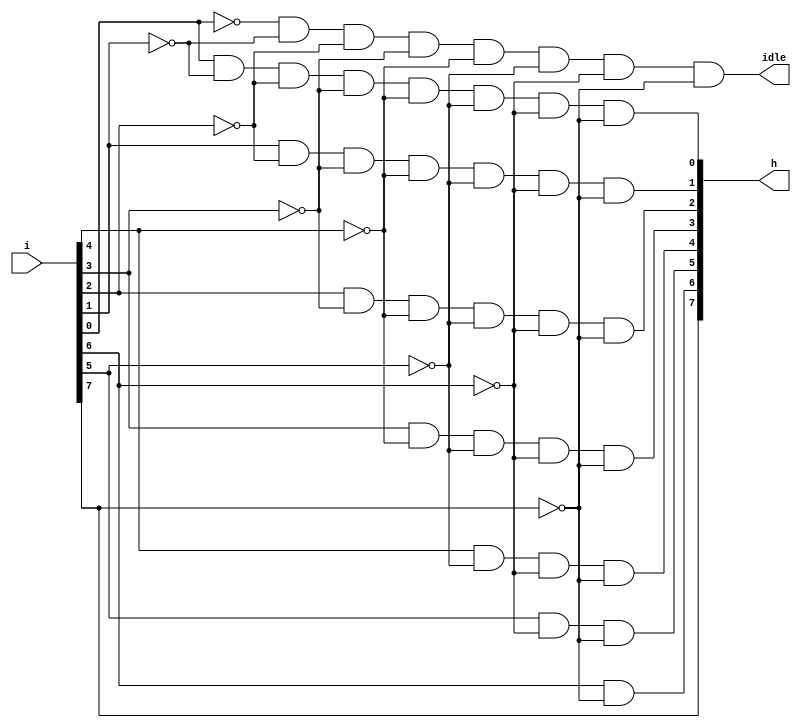


module pr_circuit(i,h,idle);
input [7:0]i;
output [7:0]h;
output idle;
assign h[7]=i[7];
assign h[6]=i[6]&~i[7];
assign h[5]=i[5]&~i[6]&~i[7];
assign h[4]=i[4]&~i[5]&~i[6]&~i[7];
assign h[3]=i[3]&~i[4]&~i[5]&~i[6]&~i[7];
assign h[2]=i[2]&~i[3]&~i[4]&~i[5]&~i[6]&~i[7];
assign h[1]=i[1]&~i[2]&~i[3]&~i[4]&~i[5]&~i[6]&~i[7];
assign h[0]=i[0]&~i[1]&~i[2]&~i[3]&~i[4]&~i[5]&~i[6]&~i[7];
assign idle=~i[0]&~i[1]&~i[2]&~i[3]&~i[4]&~i[5]&~i[6]&~i[7];
endmodule

module encoder_asl (A,B);

input [7:0]A; 
output reg [2:0]B ; 

always @(*) 
  begin 

if(A == 8'b00000001)
   
   B = 3'b000 ;
   
      
  else if(A == 8'b00000010)
   
   B = 3'b001 ;
   
  else if(A == 8'b00000100)
    
   B = 3'b010;
    
  else if(A == 8'b00001000)
   
   B = 3'b011 ;
  
    
  else if(A == 8'b00010000)
   
   B = 3'b100 ;
    
  else if(A == 8'b00100000)
   
   B = 3'b101 ;
   
    
  else if(A == 8'b01000000)
  
   B = 3'b110 ;
    
  else if(A == 8'b10000000)
  
   B = 3'b111 ;
    
  else
  B = 3'bxxx;
  
end

endmodule

module encoderrtlstruct  (A,B,idle ); 

input [7:0] A ;  
output [2:0] B; 
output    idle ;
wire [7:0]w   ;

pr_circuit c1(.i(A),.h(w),.idle (idle));
encoder_asl c2(.A(w),.B(B));
 

endmodule